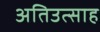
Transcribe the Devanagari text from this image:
अतिउत्साह